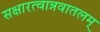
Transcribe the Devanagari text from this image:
सक्षारत्वान्नवातलम्